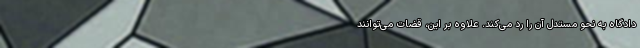
دادگاه به نحو مستدل آن را رد می‌کند. علاوه بر این، قضات می‌توانند